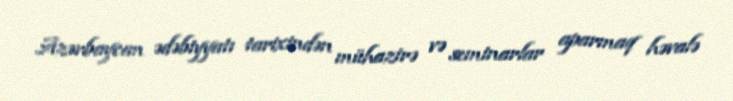
Azərbaycan ədəbiyyatı tarixindən mühazirə və seminarlar aparmaq həvalə